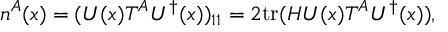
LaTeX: n ^ { A } ( x ) = ( U ( x ) T ^ { A } U ^ { \dagger } ( x ) ) _ { 1 1 } = 2 \mathrm { t r } ( { \cal H } U ( x ) T ^ { A } U ^ { \dagger } ( x ) ) ,